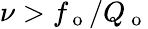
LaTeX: \nu>f_{\mathrm{~o~}}/Q_{\mathrm{~o~}}